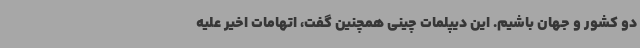
دو کشور و جهان باشیم. این دیپلمات چینی همچنین گفت، اتهامات اخیر علیه